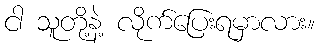
ငါ သူတို့နဲ့ လိုက်ပြေးရမှာလား။